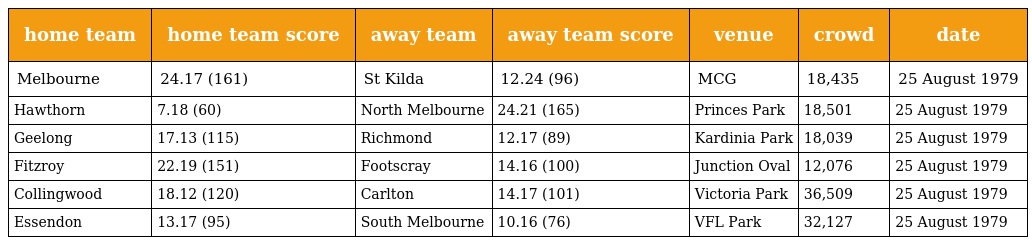
| home team | home team score | away team | away team score | venue | crowd | date |
 | --- | --- | --- | --- | --- | --- | --- |
 | Melbourne | 24.17 (161) | St Kilda | 12.24 (96) | MCG | 18,435 | 25 August 1979 |
 | Hawthorn | 7.18 (60) | North Melbourne | 24.21 (165) | Princes Park | 18,501 | 25 August 1979 |
 | Geelong | 17.13 (115) | Richmond | 12.17 (89) | Kardinia Park | 18,039 | 25 August 1979 |
 | Fitzroy | 22.19 (151) | Footscray | 14.16 (100) | Junction Oval | 12,076 | 25 August 1979 |
 | Collingwood | 18.12 (120) | Carlton | 14.17 (101) | Victoria Park | 36,509 | 25 August 1979 |
 | Essendon | 13.17 (95) | South Melbourne | 10.16 (76) | VFL Park | 32,127 | 25 August 1979 |